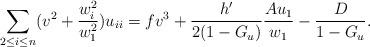
LaTeX: \begin{align*}\sum_{2\leq i\leq n}(v^2+\frac{w_i^2}{w_1^2})u_{ii}=f v^3+\frac{h'}{2(1-G_u)}\frac{Au_1}{w_1}-\frac{D}{1-G_u}.\end{align*}